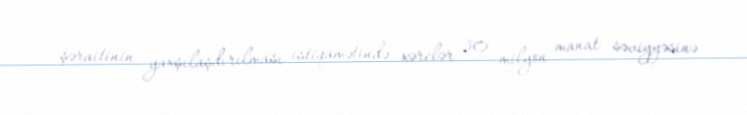
şəraitinin yaxşılaşdırılması istiqamətində xərclər 30 milyon manat səviyyəsinə